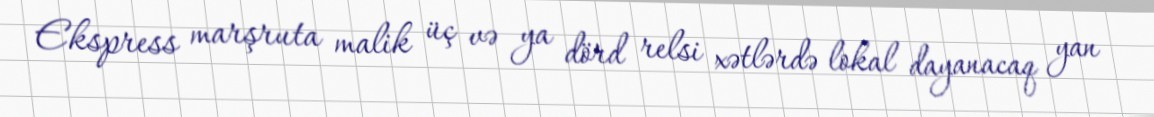
Ekspress marşruta malik üç və ya dörd relsi xətlərdə lokal dayanacaq yan